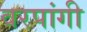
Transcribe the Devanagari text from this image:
वरपांगी